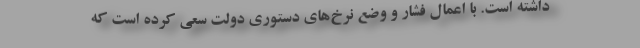
داشته است. با اعمال فشار و وضع نرخ‌های دستوری دولت سعی کرده است که